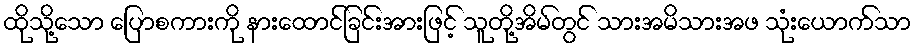
ထိုသို့သော ပြောစကားကို နားထောင်ခြင်းအားဖြင့် သူတို့အိမ်တွင် သားအမိသားအဖ သုံးယောက်သာ